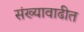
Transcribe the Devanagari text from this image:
संख्यावाढीत